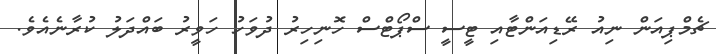
ޗެމްޕިއަން ނިއު ރޭޑިއަންޓާއި ޓީސީ ސްޕޯޓްސް ހޮނިހިރު ދުވަހު ހަވީރު ބައްދަލު ކުރާނެއެވެ.